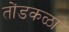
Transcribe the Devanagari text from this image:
तोंडकळा